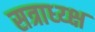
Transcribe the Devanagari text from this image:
सत्राध्य्क्ष